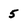
Character: 5